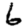
Digit: 6